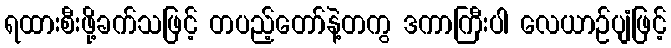
ရထားစီးဖို့ခက်သဖြင့် တပည့်တော်နဲ့တကွ ဒကာကြီးပါ လေယာဉ်ပျံဖြင့်